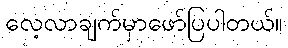
လေ့လာချက်မှာဖော်ပြပါတယ်။